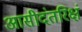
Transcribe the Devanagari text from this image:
आसीदंतरिक्षं